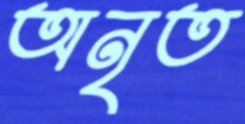
অনৃত